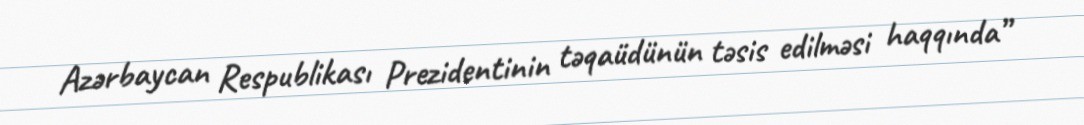
Azərbaycan Respublikası Prezidentinin təqaüdünün təsis edilməsi haqqında”